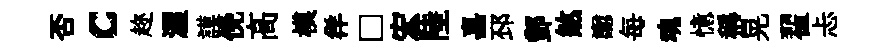
否c趂渥謨俛髙模徉□宏陸嘉邳酆煞讟每魂憶稱晃翟忐